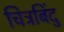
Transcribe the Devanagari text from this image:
चित्रबिंदु